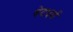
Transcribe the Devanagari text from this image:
वेदधर्म